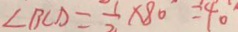
\angle B C D = \frac { 1 } { 2 } \times 8 0 = 4 0